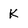
Character: K